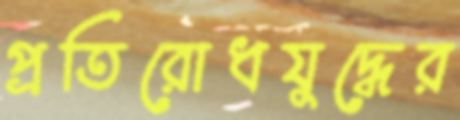
প্রতিরোধযুদ্ধের